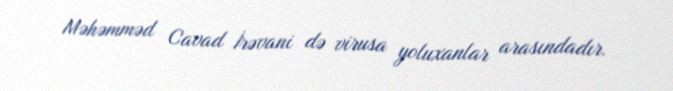
Məhəmməd Cavad İrəvani də virusa yoluxanlar arasındadır.